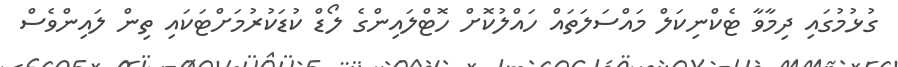
ގުޅުމުގައި ދިމާވާ ޓެކްނިކަލް މައްސަލަތައް ހައްލުކޮށް ހޮޓްލައިންގެ ލޯޑް ކުޑަކުރުމަށްޓަކައި ތިން ލައިންވެސް